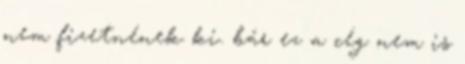
nem fizetnének ki. bár ez a cég nem is